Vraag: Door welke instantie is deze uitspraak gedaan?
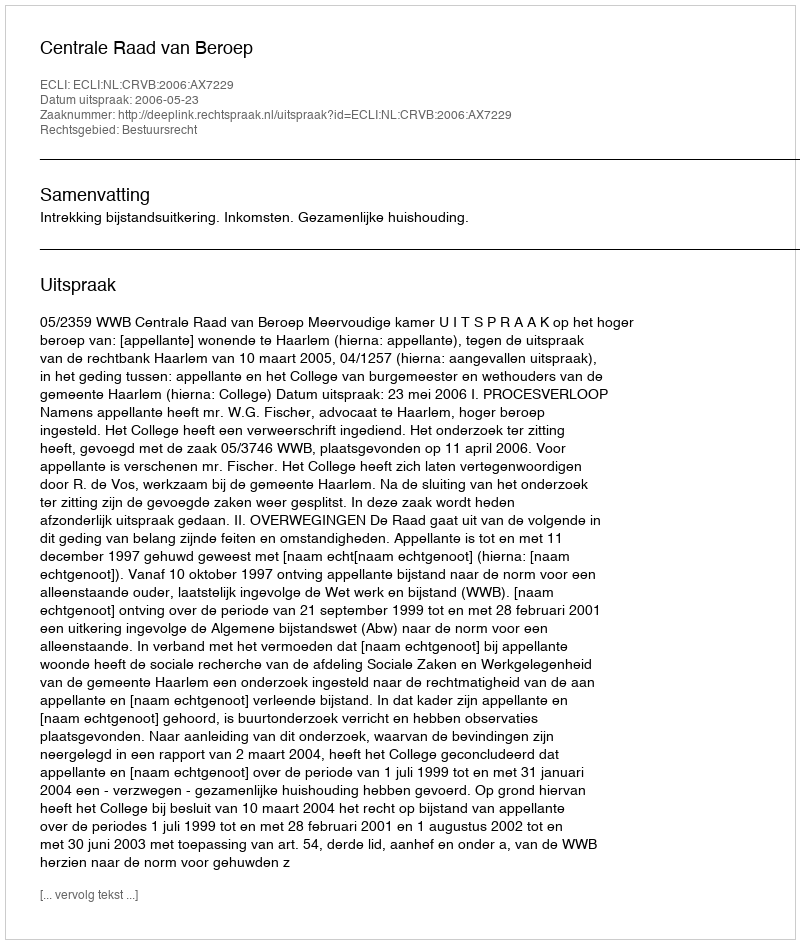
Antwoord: Centrale Raad van Beroep